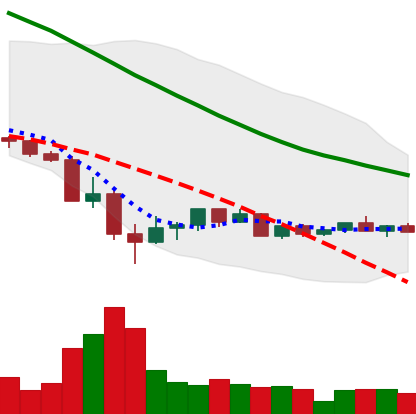
Ticker: LINK-USD
Chart end date: 2022-05-25
Forward return: 6.892%
Label: up_5_7